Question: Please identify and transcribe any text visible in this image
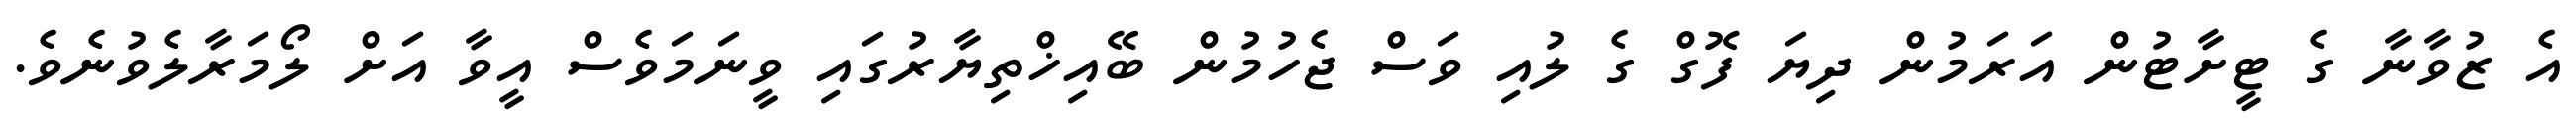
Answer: އެ ޒުވާނާ ގެ ޓީށާޓުން އަރަމުން ދިޔަ ފޮގް ގެ ލުއި ވަސް ޖެހުމުން ބޭއިޚްތިޔާރުގައި ވީނަމަވެސް އީވާ އަށް ލޯމަރާލެވުނެވެ.